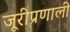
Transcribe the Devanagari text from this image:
जूरीप्रणाली